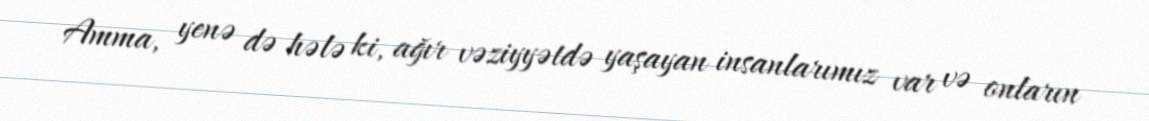
Amma, yenə də hələ ki, ağır vəziyyətdə yaşayan insanlarımız var və onların